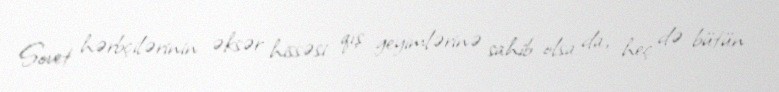
Sovet hərbçilərinin əksər hissəsi qış geyimlərinə sahib olsa da, heç də bütün